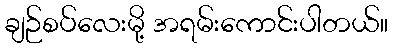
ချဉ်စပ်လေးမို့ အရမ်းကောင်းပါတယ်။